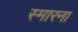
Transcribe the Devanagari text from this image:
स्मारना